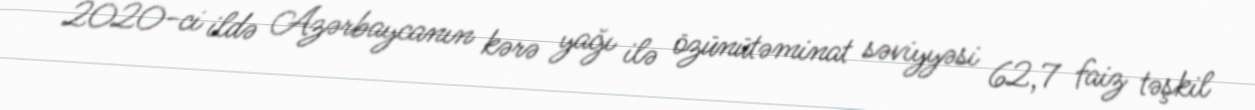
2020-ci ildə Azərbaycanın kərə yağı ilə özünütəminat səviyyəsi 62,7 faiz təşkil